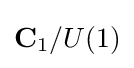
\mathbf {C} _{1}/U(1)